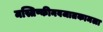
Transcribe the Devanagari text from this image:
मस्तिष्कीनवजातकामला